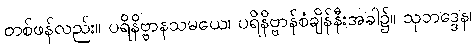
တစ်ဖန်လည်း။ ပရိနိဗ္ဗာနသမယေ၊ ပရိနိဗ္ဗာန်စံချိန်နီးအခါ၌။ သုဘဒ္ဒေန၊